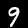
Digit: 9